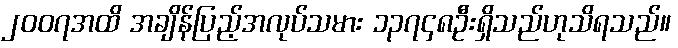
၂၀၀၇အထိ အချိန်ပြည့်အလုပ်သမား ၁၃၇၄၈ဦးရှိသည်ဟုသိရသည်။